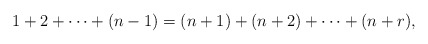
\begin{align*}1+2+ \cdots + (n -1) = (n+1) + (n+2) + \cdots + (n+r),\end{align*}